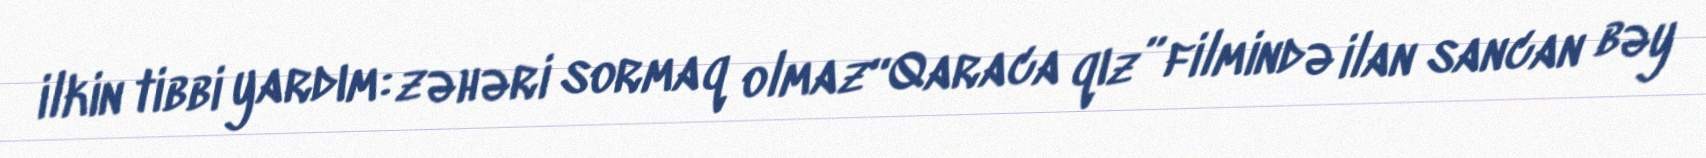
ilkin tibbi yardım: zəhəri sormaq olmaz“Qaraca qız” filmində ilan sancan bəy